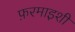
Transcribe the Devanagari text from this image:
फ़रमाइशी